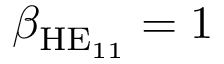
\beta _ { \mathrm { H E } _ { 1 1 } } = 1